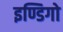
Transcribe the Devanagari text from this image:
इण्डिगो